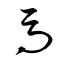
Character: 馬